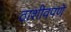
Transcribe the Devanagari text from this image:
ठाशीवपणे